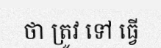
ថា ត្រូវ ទៅ ធ្វើ